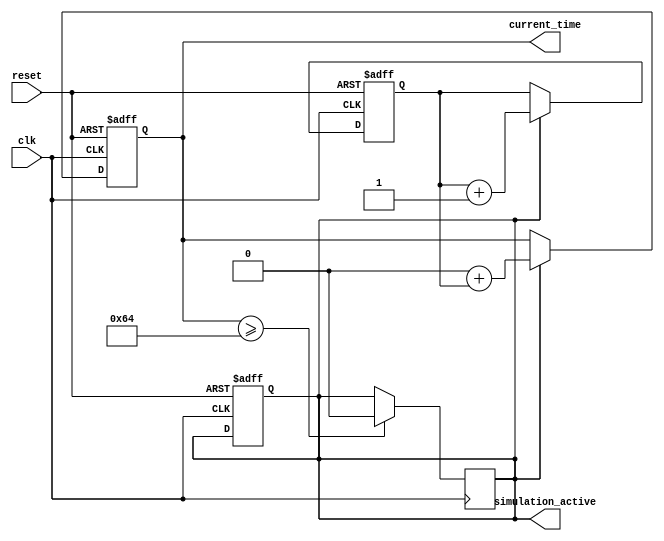
module SimulationTimeInitialization #(
    parameter integer START_TIME = 0,          // Default start time in integer units (can be configured)
    parameter integer TIME_RESOLUTION = 1      // Time resolution in integer units (1 for default)
)(
    input wire clk,                             // Clock input for time progression
    input wire reset,                           // Reset signal to initialize the simulation
    output reg [31:0] current_time,            // Output for current simulation time
    output reg simulation_active                // Flag indicating if the simulation is active
);

    reg [31:0] time_counter;                   // Internal time counter
    
    // Initialization process
    initial begin
        current_time = START_TIME;             // Set current time to start time
        time_counter = 0;                      // Initialize time counter to zero
        simulation_active = 1'b1;              // Set simulation active flag to true
    end

    // Process to monitor and update simulation time
    always @(posedge clk or posedge reset) begin
        if (reset) begin
            current_time <= START_TIME;        // Reset current time to start time
            time_counter <= 0;                  // Reset time counter
            simulation_active <= 1'b1;          // Reset simulation active flag to true
        end else if (simulation_active) begin
            time_counter <= time_counter + TIME_RESOLUTION; // Increment time counter
            current_time <= START_TIME + time_counter;    // Update current time
        end
    end

    // Termination condition or additional behavior (if needed) can be handled here
    // Example to deactivate simulation after a certain time or based on conditions
    always @(posedge clk) begin
        if (current_time >= 100) begin          // Example condition to stop the simulation at 100 time units
            simulation_active <= 1'b0;          // Deactivate simulation
        end
    end

endmodule